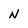
Character: n